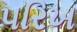
પરિખ